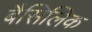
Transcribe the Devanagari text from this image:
बैसिलिक